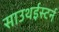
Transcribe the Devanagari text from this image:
साउथईस्टर्न